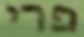
פרי